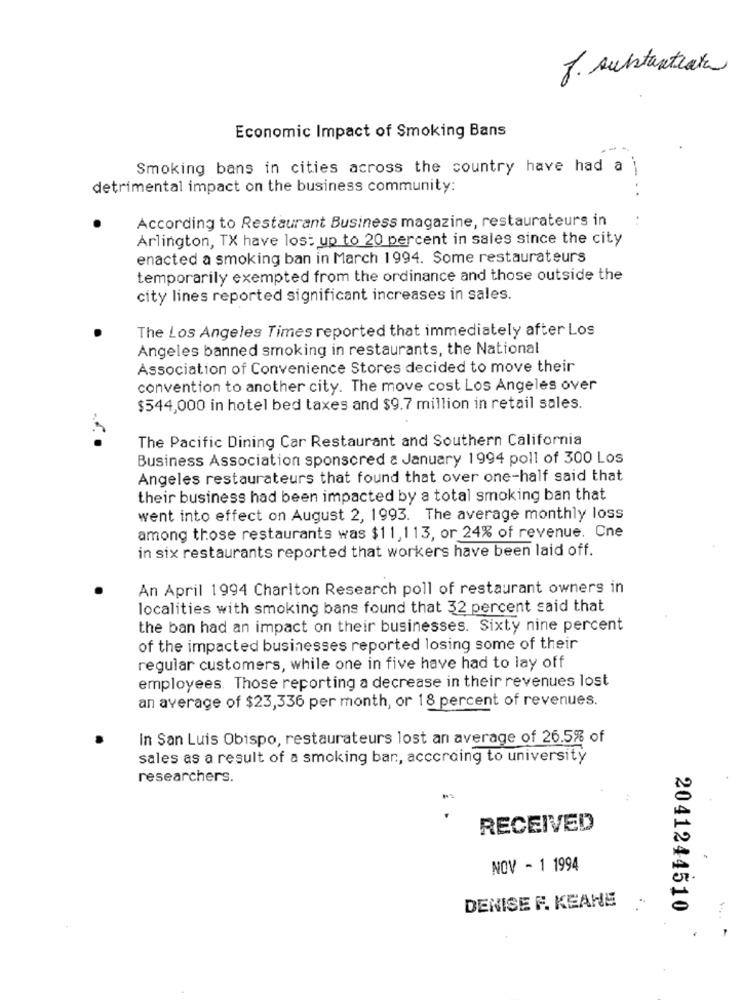
J. substantiate
Economic Impact of Smoking Bans
Smoking bans in cities across the country have had a
detrimental impact on the business community:
According to Restaurant Business magazine, restaurateurs in
Arlington, TX have los: up to 20 percent in sales since the city
enacted a smoking ban in March 1994. Some restaurateurs
temporarily exempted from the ordinance and those outside the
city lines reported significant increases in sales.
The Los Angeles Times reported that immediately after Los
Angeles banned smoking in restaurants, the National
Association of Convenience Stores decided to move their
convention to another city. The move cost Los Angeles over
$544,000 in hotel bed taxes and $9.7 million in retail sales.
The Pacific Dining Car Restaurant and Southern California
Business Association sponsored a January 1994 poll of 300 Los
Angeles restaurateurs that found that over one-half said that
their business had been impacted by a total smoking ban that
went into effect on August 2, 1993. The average monthly loss
among those restaurants was $11,113, or 24% of revenue. Cne
in six restaurants reported that workers have been laid off.
An April 1994 Chariton Research poll of restaurant owners in
localities with smoking bans found that 32 percent said that
the ban had an impact on their businesses. Sixty nine percent
of the impacted businesses reported losing some of their
regular customers, while one in five have had to lay off
employees. Those reporting a decrease in their revenues lost
an average of $23,336 per month, or 18 percent of revenues.
In San Luis Obispo, restaurateurs lost an average of 26.5% of
sales as a result of a smoking ban, according to university
researchers.
RECEIVED
NOV - 1 1994
DENISE F. KEANE
2041244510